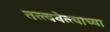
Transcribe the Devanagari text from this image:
तत्त्ववेत्त्याच्या